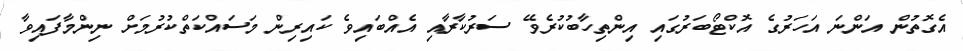
އެގޮތުން އަންނަ އަހަރުގެ އޮކްޓޯބަރުގައި އިންތިހާބުކުރެވޭ ސަރުކާރާއި އެއްބައިވެ ކައިރިން މަސައްކަތްކުރުމަށް ނިންމާފައިވާ